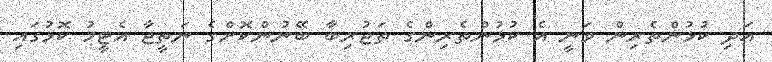
އަދި ކުޅުންތެރިން ވަނީ އެ ކުޅުންތެރިންގެ ތަޖުރިބާ ބޭނުންކޮށްގެ ނަތީޖާ އެޓީމު ކޮޅުގައި